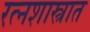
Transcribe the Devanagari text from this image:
रत्नशास्त्रात